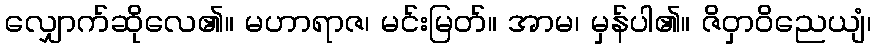
လျှောက်ဆိုလေ၏။ မဟာရာဇ၊ မင်းမြတ်။ အာမ၊ မှန်ပါ၏။ ဇိဝှာဝိညေယျံ၊